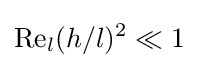
\mathrm {Re} _{l}(h/l)^{2}\ll 1